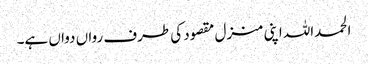
الحمداللہ اپنی منزل مقصود کی طرف رواں دواں ہے۔